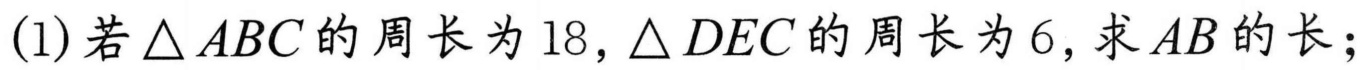
(1)若\(\triangle ABC\)的周长为\(18\)，\(\triangle DEC\)的周长为\(6\)，求\(AB\)的长；